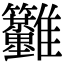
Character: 𩁳